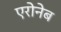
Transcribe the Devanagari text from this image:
एरोनेब